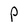
Character: P